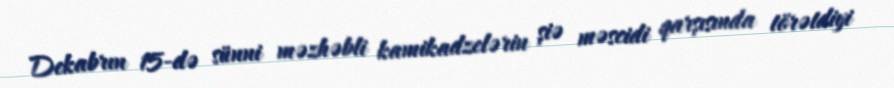
Dekabrın 15-də sünni məzhəbli kamikadzelərin şiə məscidi qarşısında törətdiyi